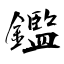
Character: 鑑